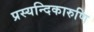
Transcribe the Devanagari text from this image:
प्रस्यन्दिकारुणि